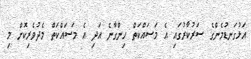
އަޅުގަނޑުމެންގެ ސަރުކާރުގައި އެ މަސައްކަތް ހިންގާނެ އަދި އެ މަސައްކަތް މެދުވެރިކޮށް މި